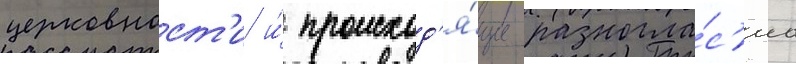
церковност'и и́ происход'я́щие разногла́с'иа